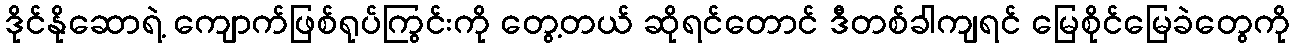
ဒိုင်နိုဆောရဲ့ ကျောက်ဖြစ်ရုပ်ကြွင်းကို တွေ့တယ် ဆိုရင်တောင် ဒီတစ်ခါကျရင် မြေစိုင်မြေခဲတွေကို